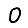
Digit: 0